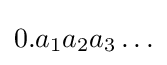
0.a_{1}a_{2}a_{3}\ldots